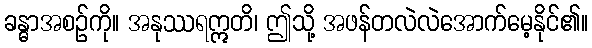
ခန္ဓာအစဉ်ကို။ အနုဿရဣတိ၊ ဤသို့ အဖန်တလဲလဲအောက်မေ့နိုင်၏။